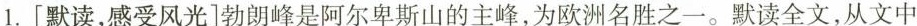
1.[默读，感受风光]勃朗峰是阿尔卑斯山的主峰，为欧洲名胜之一。默读全文，从文中